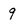
Character: 9